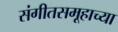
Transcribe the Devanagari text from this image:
संगीतसमूहाच्या